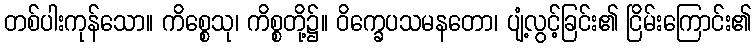
တစ်ပါးကုန်သော။ ကိစ္စေသု၊ ကိစ္စတို့၌။ ဝိက္ခေပသမနတော၊ ပျံ့လွင့်ခြင်း၏ ငြိမ်းကြောင်း၏